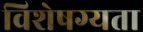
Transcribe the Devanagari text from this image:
विशेषग्यता